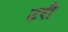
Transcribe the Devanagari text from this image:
टरी